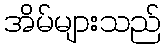
အိမ်များသည်